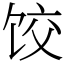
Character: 饺